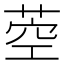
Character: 𦱇